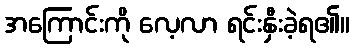
အကြောင်းကို လေ့လာ ရင်းနှီးခဲ့ရ၏။